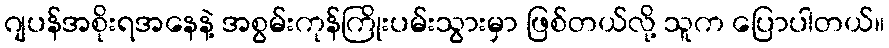
ဂျပန်အစိုးရအနေနဲ့ အစွမ်းကုန်ကြိုးပမ်းသွားမှာ ဖြစ်တယ်လို့ သူက ပြောပါတယ်။